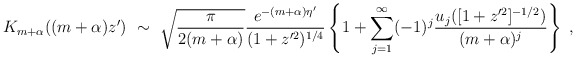
\begin{align*}K_{m+\alpha}((m+\alpha)z')\ \sim\ \sqrt{\frac{\pi}{2(m+\alpha)}}\frac{e^{-(m+\alpha)\eta '}}{(1+z'^2)^{1/4}}\left\{ 1+\sum_{j=1}^{\infty}(-1)^j \frac{ u_j([1+z'^2]^{-1/2})}{(m+\alpha)^j}\right\}\ ,\end{align*}